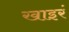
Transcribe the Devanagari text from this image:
खाइरं